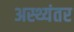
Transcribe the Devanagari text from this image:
अस्थ्यंतर